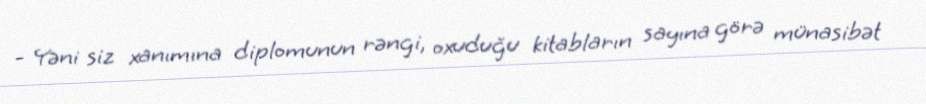
- Yəni siz xanımına diplomunun rəngi, oxuduğu kitabların sayına görə münasibət